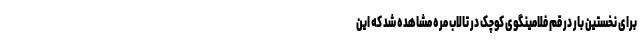
برای نخستین بار در قم فلامینگوی کوچک در تالاب مره مشاهده شد که این